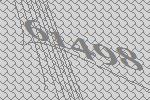
61498